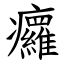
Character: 㿚